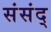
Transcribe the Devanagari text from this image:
संसंद्